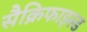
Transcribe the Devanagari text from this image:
सैक्रिफाइस्ड